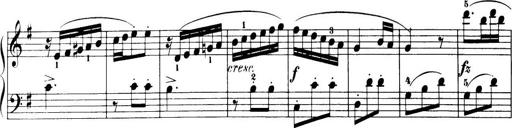
Title: 32 Sonatinas and Rondos for the Piano
Composer: Richard Kleinmichel